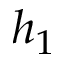
h _ { 1 }